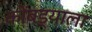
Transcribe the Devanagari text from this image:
कोंबड्याला